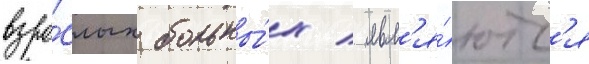
взро́слых больны́х / явл'я́ютс'я